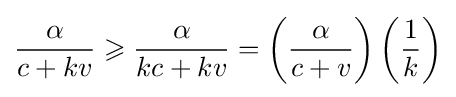
{\frac {\alpha }{c+kv}}\geqslant {\frac {\alpha }{kc+kv}}=\left({\frac {\alpha }{c+v}}\right)\left({\frac {1}{k}}\right)